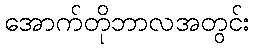
အောက်တိုဘာလအတွင်း